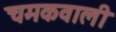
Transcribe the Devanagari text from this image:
चमकवाली